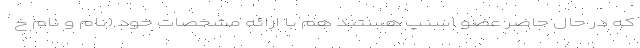
که در حال حاضر عضو اسنپ هستند هم با ارائه مشخصات خود (نام و نام خ